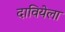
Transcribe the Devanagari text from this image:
दावियेला